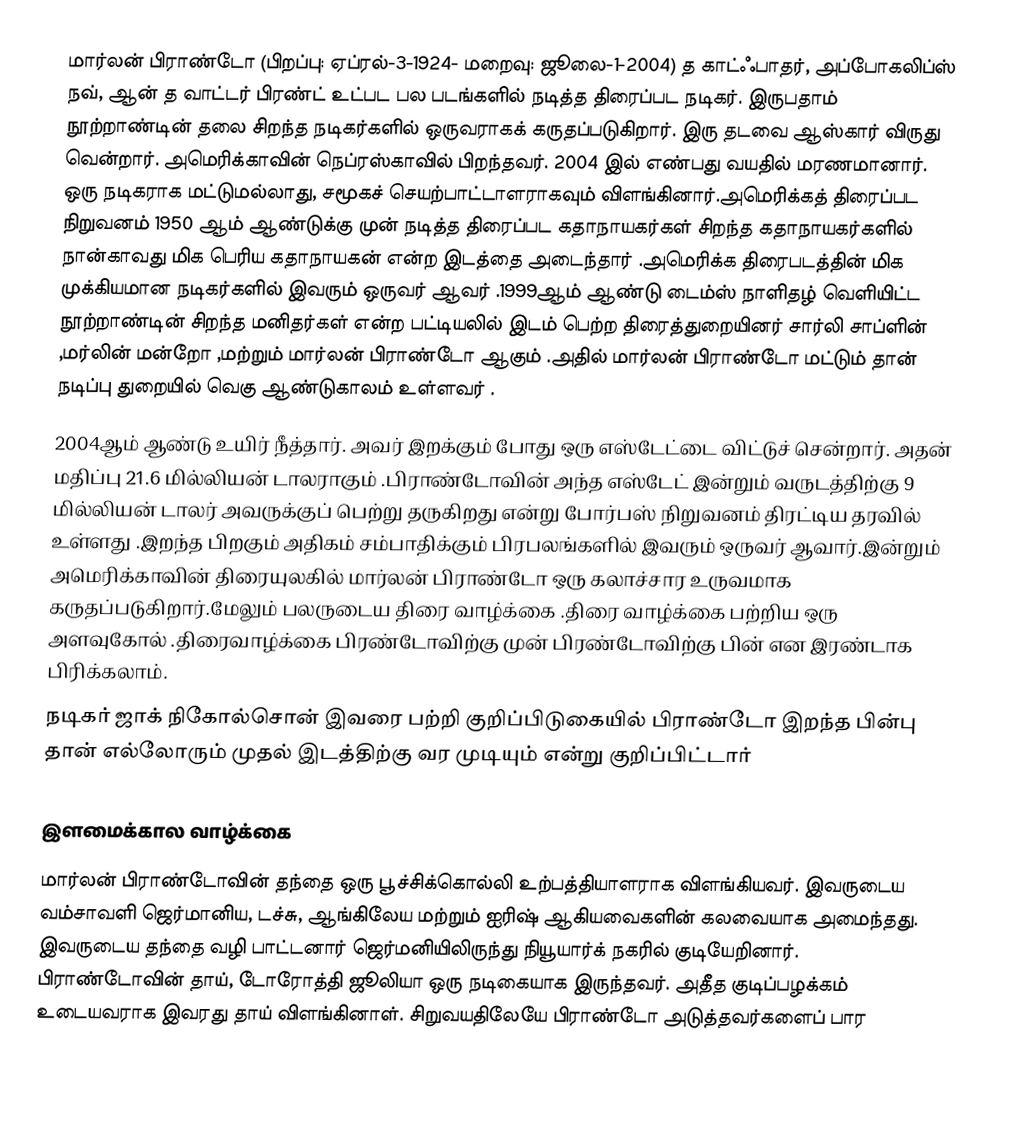
மார்லன் பிராண்டோ (பிறப்பு: ஏப்ரல்-3-1924- மறைவு: ஜூலை-1-2004) த காட்ஃபாதர், அப்போகலிப்ஸ் நவ், ஆன் த வாட்டர் பிரண்ட் உட்பட பல படங்களில் நடித்த திரைப்பட நடிகர். இருபதாம் நூற்றாண்டின் தலை சிறந்த நடிகர்களில் ஒருவராகக் கருதப்படுகிறார். இரு தடவை ஆஸ்கார் விருது வென்றார். அமெரிக்காவின் நெப்ரஸ்காவில் பிறந்தவர். 2004 இல் எண்பது வயதில் மரணமானார். ஒரு நடிகராக மட்டுமல்லாது, சமூகச் செயற்பாட்டாளராகவும் விளங்கினார்.அமெரிக்கத் திரைப்பட நிறுவனம் 1950 ஆம் ஆண்டுக்கு முன் நடித்த திரைப்பட கதாநாயகர்கள் சிறந்த கதாநாயகர்களில் நான்காவது மிக பெரிய கதாநாயகன் என்ற இடத்தை அடைந்தார் .அமெரிக்க திரைபடத்தின் மிக முக்கியமான நடிகர்களில் இவரும் ஒருவர் ஆவர் .1999ஆம் ஆண்டு டைம்ஸ் நாளிதழ் வெளியிட்ட நூற்றாண்டின் சிறந்த மனிதர்கள் என்ற பட்டியலில் இடம் பெற்ற திரைத்துறையினர் சார்லி சாப்ளின் ,மர்லின் மன்றோ ,மற்றும்  மார்லன் பிராண்டோ ஆகும் .அதில் மார்லன் பிராண்டோ மட்டும் தான் நடிப்பு துறையில் வெகு ஆண்டுகாலம் உள்ளவர் .
2004ஆம் ஆண்டு உயிர் நீத்தார். அவர் இறக்கும் போது ஒரு எஸ்டேட்டை விட்டுச் சென்றார். அதன் மதிப்பு 21.6 மில்லியன் டாலராகும் .பிராண்டோவின் அந்த  எஸ்டேட் இன்றும் வருடத்திற்கு 9 மில்லியன் டாலர் அவருக்குப் பெற்று தருகிறது என்று போர்பஸ் நிறுவனம் திரட்டிய தரவில் உள்ளது .இறந்த பிறகும் அதிகம் சம்பாதிக்கும் பிரபலங்களில் இவரும் ஒருவர் ஆவார்.இன்றும் அமெரிக்காவின் திரையுலகில் மார்லன் பிராண்டோ ஒரு கலாச்சார உருவமாக கருதப்படுகிறார்.மேலும் பலருடைய திரை வாழ்க்கை .திரை வாழ்க்கை  பற்றிய ஒரு அளவுகோல் .திரைவாழ்க்கை   பிரண்டோவிற்கு முன்  பிரண்டோவிற்கு பின் என இரண்டாக பிரிக்கலாம்.
நடிகர் ஜாக் நிகோல்சொன் இவரை பற்றி குறிப்பிடுகையில் பிராண்டோ இறந்த பின்பு தான் எல்லோரும் முதல் இடத்திற்கு வர முடியும் என்று குறிப்பிட்டார்

இளமைக்கால வாழ்க்கை
மார்லன் பிராண்டோவின் தந்தை ஒரு பூச்சிக்கொல்லி உற்பத்தியாளராக விளங்கியவர். இவருடைய வம்சாவளி ஜெர்மானிய, டச்சு, ஆங்கிலேய மற்றும் ஐரிஷ் ஆகியவைகளின் கலவையாக அமைந்தது. இவருடைய தந்தை வழி பாட்டனார் ஜெர்மனியிலிருந்து நியூயார்க் நகரில் குடியேறினார். பிராண்டோவின் தாய், டோரோத்தி ஜூலியா ஒரு நடிகையாக இருந்தவர். அதீத குடிப்பழக்கம் உடையவராக இவரது தாய் விளங்கினாள். சிறுவயதிலேயே பிராண்டோ அடுத்தவர்களைப் பார